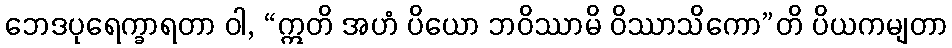
ဘေဒပုရေက္ခာရတာ ဝါ, “ဣတိ အဟံ ပိယော ဘဝိဿာမိ ဝိဿာသိကော”တိ ပိယကမျတာ